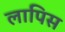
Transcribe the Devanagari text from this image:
लापिस